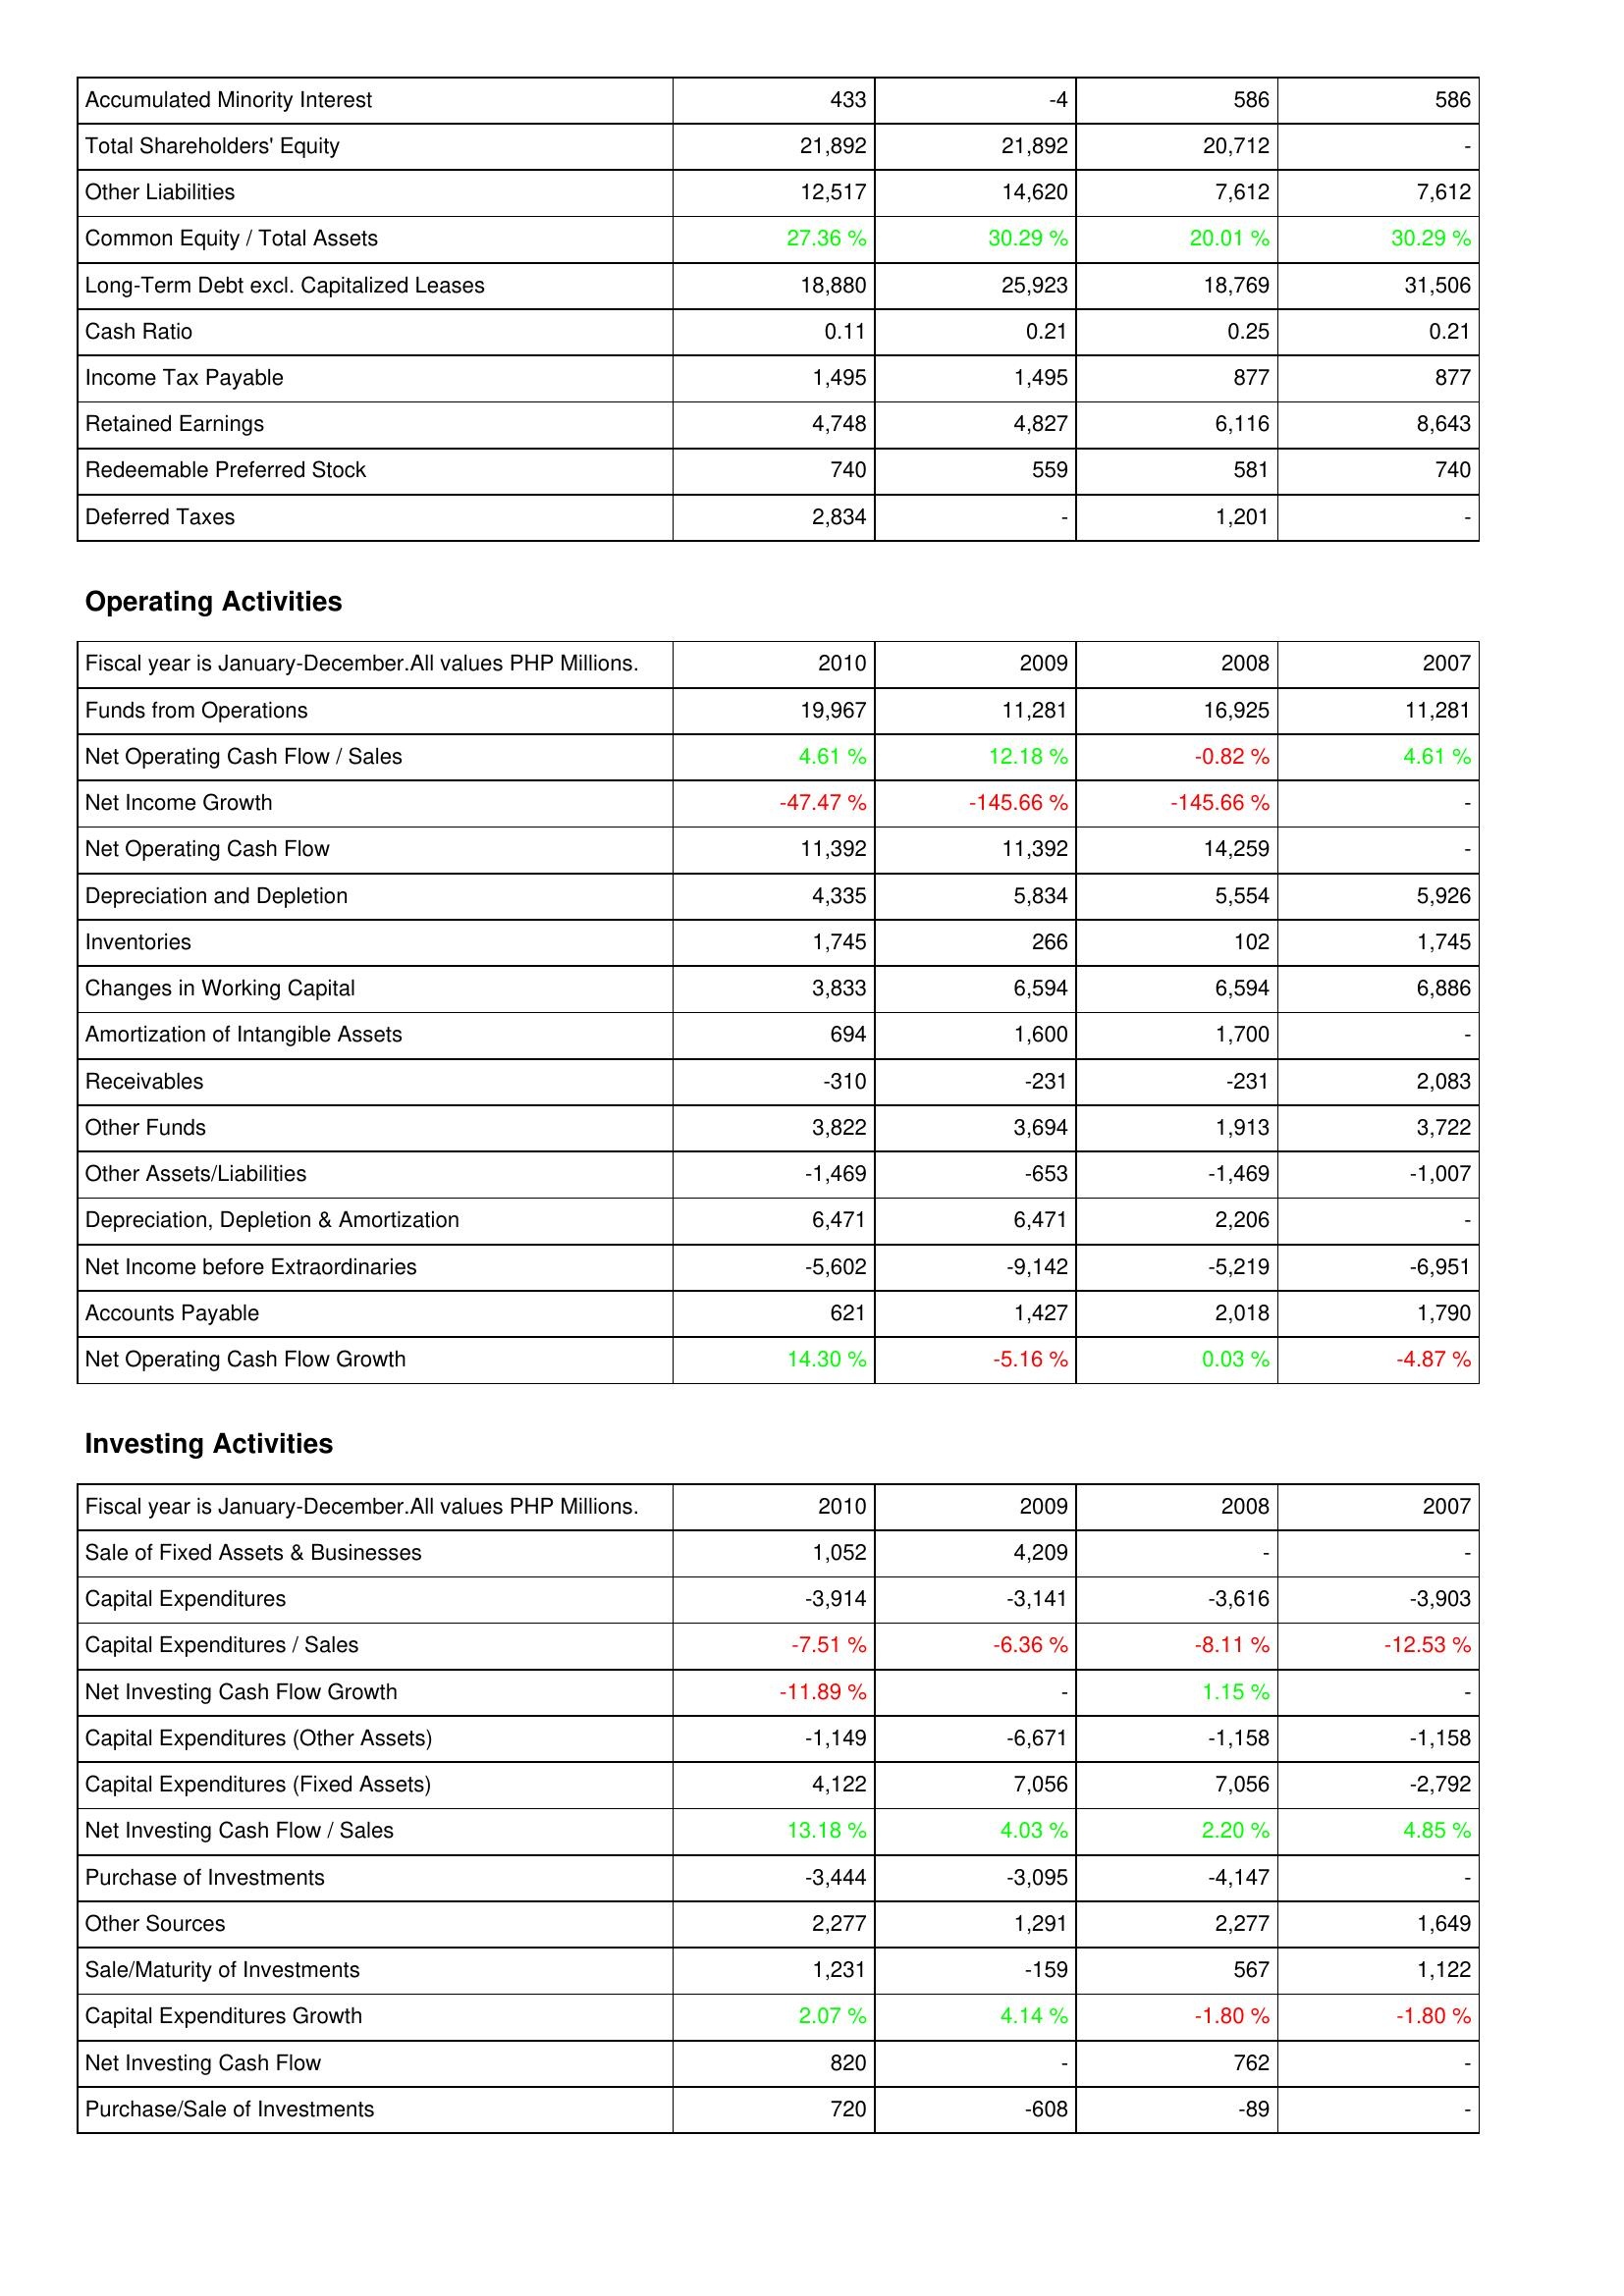
2010: Liabilities & Shareholders' Equity: Accumulated Minority Interest: 433
Total Shareholders' Equity: 21,892
Other Liabilities: 12,517
Common Equity / Total Assets: 27.36 %
Long-Term Debt excl. Capitalized Leases: 18,880
Cash Ratio: 0.11
Income Tax Payable: 1,495
Retained Earnings: 4,748
Redeemable Preferred Stock: 740
Deferred Taxes: 2,834
Operating Activities: Funds from Operations: 19,967
Net Operating Cash Flow / Sales: 4.61 %
Net Income Growth: -47.47 %
Net Operating Cash Flow: 11,392
Depreciation and Depletion: 4,335
Inventories: 1,745
Changes in Working Capital: 3,833
Amortization of Intangible Assets: 694
Receivables: -310
Other Funds: 3,822
Other Assets/Liabilities: -1,469
Depreciation, Depletion & Amortization: 6,471
Net Income before Extraordinaries: -5,602
Accounts Payable: 621
Net Operating Cash Flow Growth: 14.30 %
Investing Activities: Sale of Fixed Assets & Businesses: 1,052
Capital Expenditures: -3,914
Capital Expenditures / Sales: -7.51 %
Net Investing Cash Flow Growth: -11.89 %
Capital Expenditures (Other Assets): -1,149
Capital Expenditures (Fixed Assets): 4,122
Net Investing Cash Flow / Sales: 13.18 %
Purchase of Investments: -3,444
Other Sources: 2,277
Sale/Maturity of Investments: 1,231
Capital Expenditures Growth: 2.07 %
Net Investing Cash Flow: 820
Purchase/Sale of Investments: 720
2009: Liabilities & Shareholders' Equity: Accumulated Minority Interest: -4
Total Shareholders' Equity: 21,892
Other Liabilities: 14,620
Common Equity / Total Assets: 30.29 %
Long-Term Debt excl. Capitalized Leases: 25,923
Cash Ratio: 0.21
Income Tax Payable: 1,495
Retained Earnings: 4,827
Redeemable Preferred Stock: 559
Deferred Taxes: -
Operating Activities: Funds from Operations: 11,281
Net Operating Cash Flow / Sales: 12.18 %
Net Income Growth: -145.66 %
Net Operating Cash Flow: 11,392
Depreciation and Depletion: 5,834
Inventories: 266
Changes in Working Capital: 6,594
Amortization of Intangible Assets: 1,600
Receivables: -231
Other Funds: 3,694
Other Assets/Liabilities: -653
Depreciation, Depletion & Amortization: 6,471
Net Income before Extraordinaries: -9,142
Accounts Payable: 1,427
Net Operating Cash Flow Growth: -5.16 %
Investing Activities: Sale of Fixed Assets & Businesses: 4,209
Capital Expenditures: -3,141
Capital Expenditures / Sales: -6.36 %
Net Investing Cash Flow Growth: -
Capital Expenditures (Other Assets): -6,671
Capital Expenditures (Fixed Assets): 7,056
Net Investing Cash Flow / Sales: 4.03 %
Purchase of Investments: -3,095
Other Sources: 1,291
Sale/Maturity of Investments: -159
Capital Expenditures Growth: 4.14 %
Net Investing Cash Flow: -
Purchase/Sale of Investments: -608
2008: Liabilities & Shareholders' Equity: Accumulated Minority Interest: 586
Total Shareholders' Equity: 20,712
Other Liabilities: 7,612
Common Equity / Total Assets: 20.01 %
Long-Term Debt excl. Capitalized Leases: 18,769
Cash Ratio: 0.25
Income Tax Payable: 877
Retained Earnings: 6,116
Redeemable Preferred Stock: 581
Deferred Taxes: 1,201
Operating Activities: Funds from Operations: 16,925
Net Operating Cash Flow / Sales: -0.82 %
Net Income Growth: -145.66 %
Net Operating Cash Flow: 14,259
Depreciation and Depletion: 5,554
Inventories: 102
Changes in Working Capital: 6,594
Amortization of Intangible Assets: 1,700
Receivables: -231
Other Funds: 1,913
Other Assets/Liabilities: -1,469
Depreciation, Depletion & Amortization: 2,206
Net Income before Extraordinaries: -5,219
Accounts Payable: 2,018
Net Operating Cash Flow Growth: 0.03 %
Investing Activities: Sale of Fixed Assets & Businesses: -
Capital Expenditures: -3,616
Capital Expenditures / Sales: -8.11 %
Net Investing Cash Flow Growth: 1.15 %
Capital Expenditures (Other Assets): -1,158
Capital Expenditures (Fixed Assets): 7,056
Net Investing Cash Flow / Sales: 2.20 %
Purchase of Investments: -4,147
Other Sources: 2,277
Sale/Maturity of Investments: 567
Capital Expenditures Growth: -1.80 %
Net Investing Cash Flow: 762
Purchase/Sale of Investments: -89
2007: Liabilities & Shareholders' Equity: Accumulated Minority Interest: 586
Total Shareholders' Equity: -
Other Liabilities: 7,612
Common Equity / Total Assets: 30.29 %
Long-Term Debt excl. Capitalized Leases: 31,506
Cash Ratio: 0.21
Income Tax Payable: 877
Retained Earnings: 8,643
Redeemable Preferred Stock: 740
Deferred Taxes: -
Operating Activities: Funds from Operations: 11,281
Net Operating Cash Flow / Sales: 4.61 %
Net Income Growth: -
Net Operating Cash Flow: -
Depreciation and Depletion: 5,926
Inventories: 1,745
Changes in Working Capital: 6,886
Amortization of Intangible Assets: -
Receivables: 2,083
Other Funds: 3,722
Other Assets/Liabilities: -1,007
Depreciation, Depletion & Amortization: -
Net Income before Extraordinaries: -6,951
Accounts Payable: 1,790
Net Operating Cash Flow Growth: -4.87 %
Investing Activities: Sale of Fixed Assets & Businesses: -
Capital Expenditures: -3,903
Capital Expenditures / Sales: -12.53 %
Net Investing Cash Flow Growth: -
Capital Expenditures (Other Assets): -1,158
Capital Expenditures (Fixed Assets): -2,792
Net Investing Cash Flow / Sales: 4.85 %
Purchase of Investments: -
Other Sources: 1,649
Sale/Maturity of Investments: 1,122
Capital Expenditures Growth: -1.80 %
Net Investing Cash Flow: -
Purchase/Sale of Investments: -